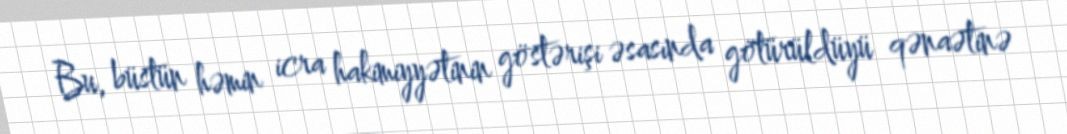
Bu, büstün həmin icra hakimiyyətinin göstərişi əsasında götürüldüyü qənaətinə